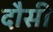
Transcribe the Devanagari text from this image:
दौसी